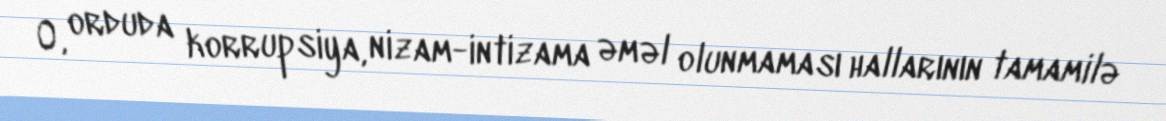
O, orduda korrupsiya, nizam-intizama əməl olunmaması hallarının tamamilə